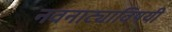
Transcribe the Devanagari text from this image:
नवनाट्याविषयी